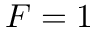
F = 1